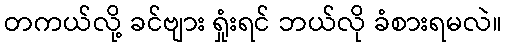
တကယ်လို့ ခင်ဗျား ရှုံးရင် ဘယ်လို ခံစားရမလဲ။